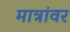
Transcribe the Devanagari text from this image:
मात्रांवर